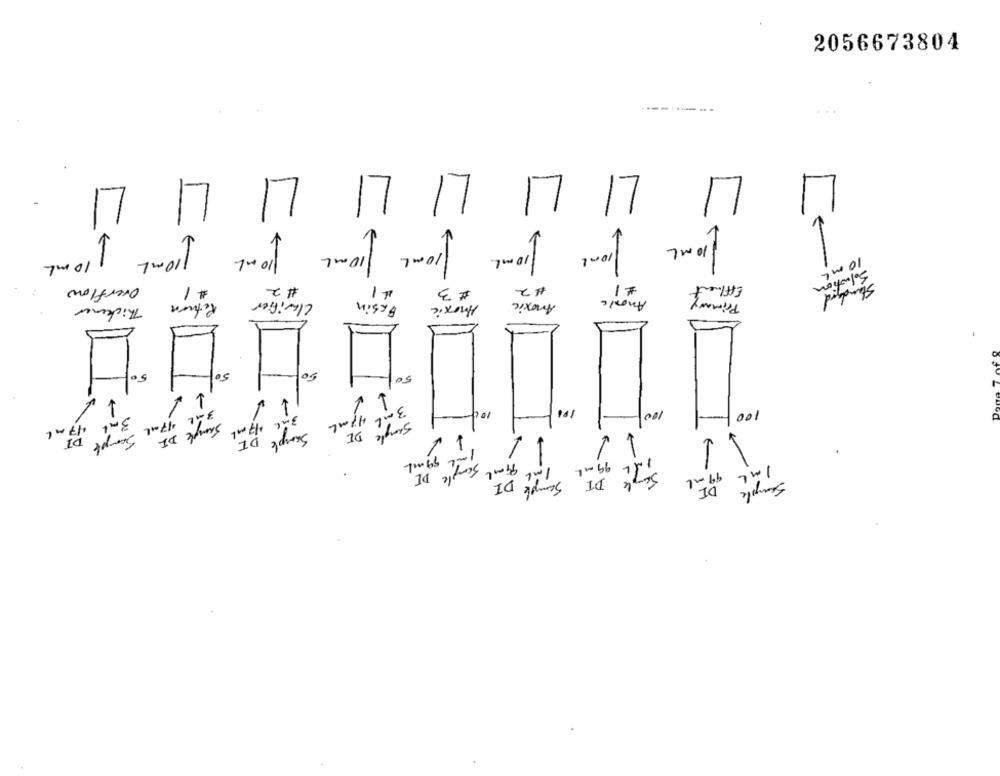
2056673804
LI LI LI LI LI LI LI LI
1
10 ml
Overflow
#2
41
#2
11
Effluent
# 1
# 3
Standgerd
Return
Clarifier
Basin
Anoxic
Anonic
Thickener
Anoxic
50
50
10€
100
100
3 ml 47 ml
3 ml 47 ml
3 ml 1/7 ml
Sample
DI
Sample DI
Sample DI
1
1
1 mal 59 ml
-
99ml
1 ml
99 ml
Sample DE
DI
99 ml
1ML
Sample DI
DI
Sample